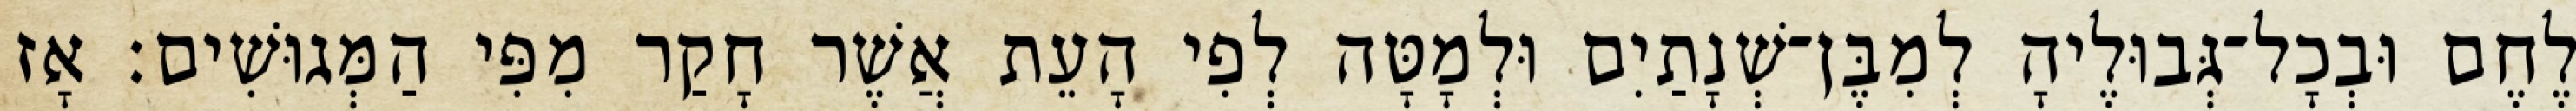
לֶחֶם וּבְכָל־גְּבוּלֶיהָ לְמִבֶּן־שְׁנָתַיִם וּלְמָטָּה לְפִי הָעֵת אֲשֶׁר חָקַר מִפִּי הַמְּגוּשִׁים׃ אָז